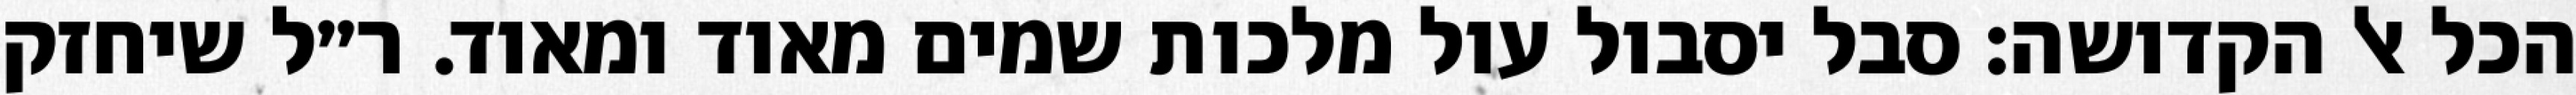
הכל אל הקדושה: סבל יסבול עול מלכות שמים מאוד ומאוד. ר״ל שיחזק